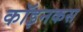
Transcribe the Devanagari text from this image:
कॉइनकस